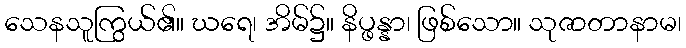
သေနသူကြွယ်၏။ ဃရေ၊ အိမ်၌။ နိပ္ဖန္နာ၊ ဖြစ်သော။ သုဇာတာနာမ၊